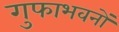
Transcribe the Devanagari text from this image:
गुफाभवनों